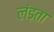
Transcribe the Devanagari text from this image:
लंड़ता